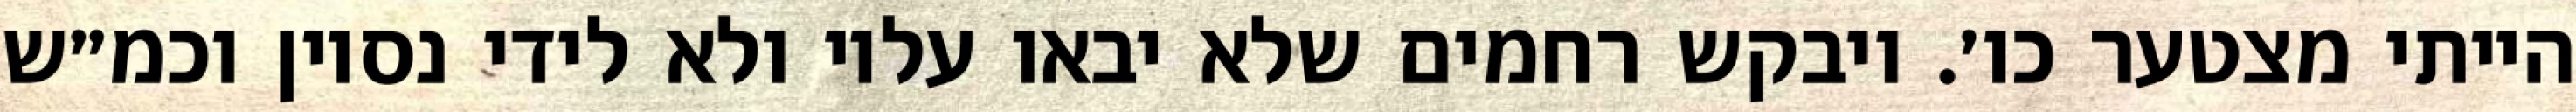
הייתי מצטער כו׳. ויבקש רחמים שלא יבאו עליו ולא לידי נסיון וכמ״ש